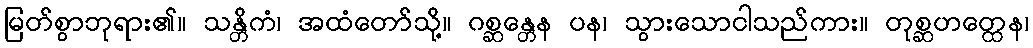
မြတ်စွာဘုရား၏။ သန္တိကံ၊ အထံတော်သို့။ ဂစ္ဆန္တေန ပန၊ သွားသောငါသည်ကား။ တုစ္ဆဟတ္ထေန၊